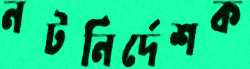
নটনির্দেশক